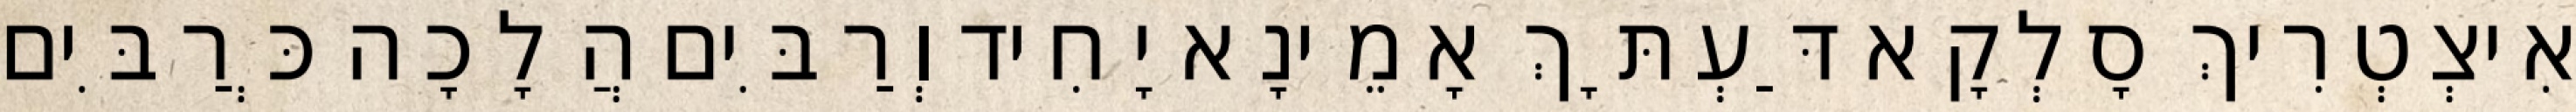
אִיצְטְרִיךְ סָלְקָא דַּעְתָּךְ אָמֵינָא יָחִיד וְרַבִּים הֲלָכָה כְּרַבִּים